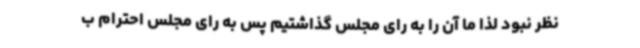
نظر نبود لذا ما آن را به رای مجلس گذاشتیم پس به رای مجلس احترام ب